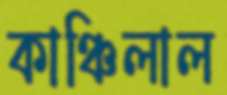
কাঞ্চিলাল